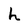
Character: h